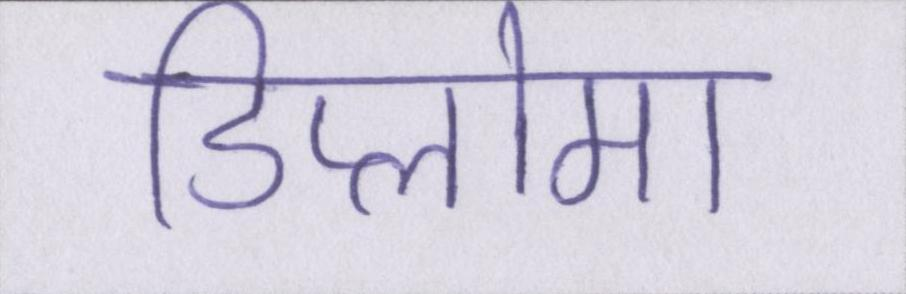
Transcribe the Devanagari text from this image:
डिप्लोमा